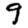
Digit: 9